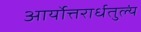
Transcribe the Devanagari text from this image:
आर्योत्तरार्धतुल्यं